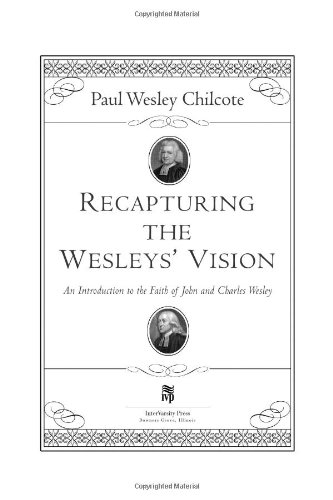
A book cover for Recapturing the Wesleys' Vision: An Introduction to the Faith of John and Charles Wesley; Paul Wesley Chilcote; Christian Books & Bibles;